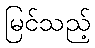
မြင်သည့်